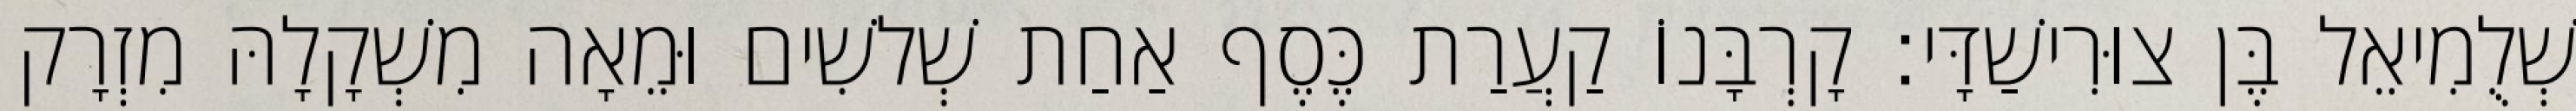
שְׁלֻמִיאֵל בֶּן צוּרִישַׁדָּי׃ קָרְבָּנוֹ קַעֲרַת כֶּסֶף אַחַת שְׁלשִׁים וּמֵאָה מִשְׁקָלָהּ מִזְרָק